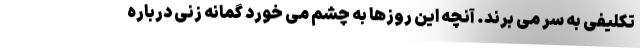
تکلیفی به سر می برند. آنچه این روزها به چشم می خورد گمانه زنی درباره